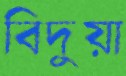
বিদুয়া